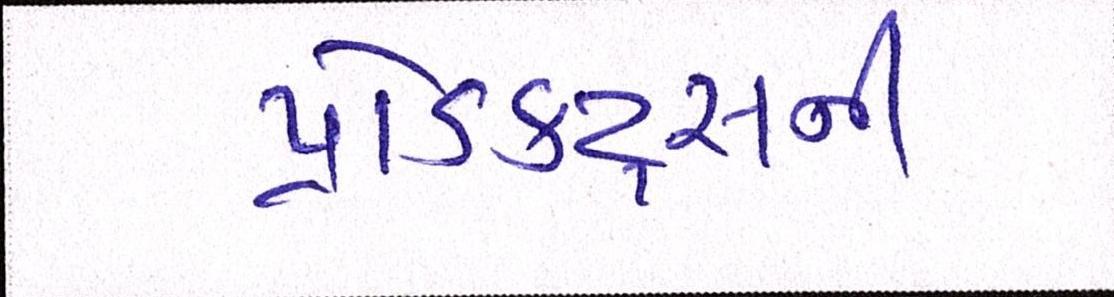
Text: પ્રોડક્ટ્સની